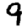
Digit: 9